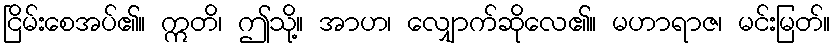
ငြိမ်းစေအပ်၏။ ဣတိ၊ ဤသို့။ အာဟ၊ လျှောက်ဆိုလေ၏။ မဟာရာဇ၊ မင်းမြတ်။